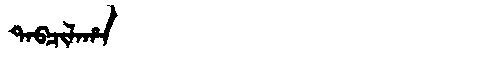
Manchu: ᡨᠠᠪᠴᡳᠯᠠᡥᠠ
Romanization: TABCILAHA